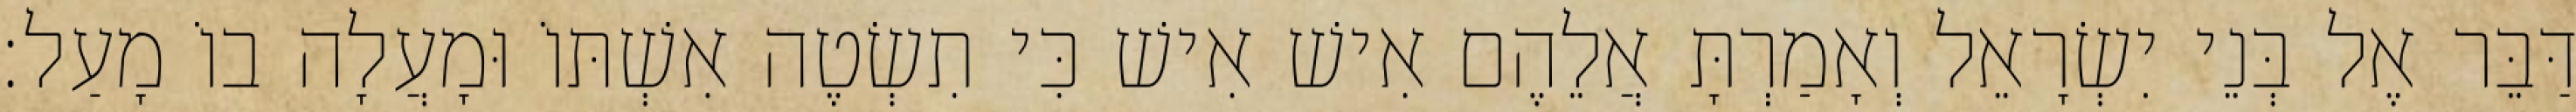
דַּבֵּר אֶל בְּנֵי יִשְׂרָאֵל וְאָמַרְתָּ אֲלֵהֶם אִישׁ אִישׁ כִּי תִשְׂטֶה אִשְׁתּוֹ וּמָעֲלָה בוֹ מָעַל׃